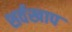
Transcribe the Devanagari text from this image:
शर्वखाप